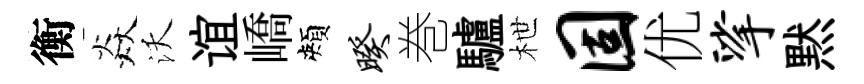
衡焱沃谊嶠頰暌巻驢枻固优挲黙